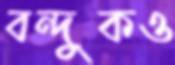
বন্দুকও